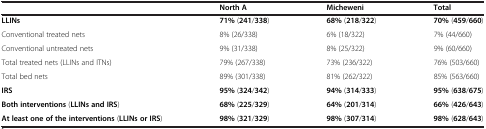
<table><thead><tr><td>[EMPTY_CELL]</td><td><b>North A</b></td><td><b>Micheweni</b></td><td><b>Total</b></td></tr></thead><tbody><tr><td><b>LLINs</b></td><td><b>71%</b> (<b>241</b>/<b>338</b>)</td><td><b>68%</b> (<b>218</b>/<b>322</b>)</td><td><b>70%</b> (<b>459</b>/<b>660</b>)</td></tr><tr><td>Conventional treated nets</td><td>8% (26/338)</td><td>6% (18/322)</td><td>7% (44/660)</td></tr><tr><td>Conventional untreated nets</td><td>9% (31/338)</td><td>8% (25/322)</td><td>9% (60/660)</td></tr><tr><td>Total treated nets (LLINs and ITNs)</td><td>79% (267/338)</td><td>73% (236/322)</td><td>76% (503/660)</td></tr><tr><td>Total bed nets</td><td>89% (301/338)</td><td>81% (262/322)</td><td>85% (563/660)</td></tr><tr><td><b>IRS</b></td><td><b>95%</b> (<b>324</b>/<b>342</b>)</td><td><b>94%</b> (<b>314</b>/<b>333</b>)</td><td><b>95%</b> (<b>638</b>/<b>675</b>)</td></tr><tr><td><b>Both interventions</b> (<b>LLINs and IRS</b>)</td><td><b>68%</b> (<b>225</b>/<b>329</b>)</td><td><b>64%</b> (<b>201</b>/<b>314</b>)</td><td><b>66%</b> (<b>426</b>/<b>643</b>)</td></tr><tr><td><b>At least one of the interventions</b> (<b>LLINs or IRS</b>)</td><td><b>98%</b> (<b>321</b>/<b>329</b>)</td><td><b>98%</b> (<b>307</b>/<b>314</b>)</td><td><b>98%</b> (<b>628</b>/<b>643</b>)</td></tr></tbody></table>